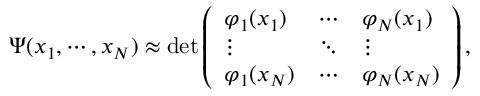
\begin{array} { r } { \Psi ( x _ { 1 } , \cdots , x _ { N } ) \approx \operatorname* { d e t } \left( \begin{array} { l l l } { \varphi _ { 1 } ( x _ { 1 } ) } & { \cdots } & { \varphi _ { N } ( x _ { 1 } ) } \\ { \vdots } & { \ddots } & { \vdots } \\ { \varphi _ { 1 } ( x _ { N } ) } & { \cdots } & { \varphi _ { N } ( x _ { N } ) } \end{array} \right) , } \end{array}